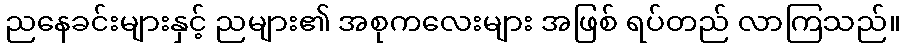
ညနေခင်းများနှင့် ညများ၏ အစုကလေးများ အဖြစ် ရပ်တည် လာကြသည်။